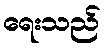
ရေးသည်